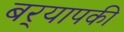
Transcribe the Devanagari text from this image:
बर्‍यापकी